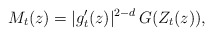
\begin{align*} M_t(z) = |g_t'(z)|^{2-d} \, G(Z_t(z)),\end{align*}